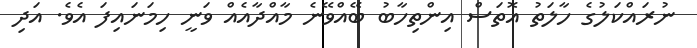
ނުރައްކަލުގެ ހާލަތު އޮތަސް އިންތިހާބު ބޭއްވޭނެ މާއްދާއެއް ވަނީ ހިމަނައިފަ އެވެ. އަދި